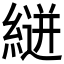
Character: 𮈴